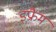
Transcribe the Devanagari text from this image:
इफ्रैम